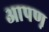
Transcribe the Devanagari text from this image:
आपण़